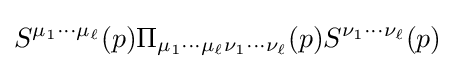
S^{\mu _{1}\cdots \mu _{\ell }}(p)\Pi _{\mu _{1}\cdots \mu _{\ell }\nu _{1}\cdots \nu _{\ell }}(p)S^{\nu _{1}\cdots \nu _{\ell }}(p)